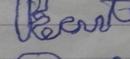
Signature authenticity: forged